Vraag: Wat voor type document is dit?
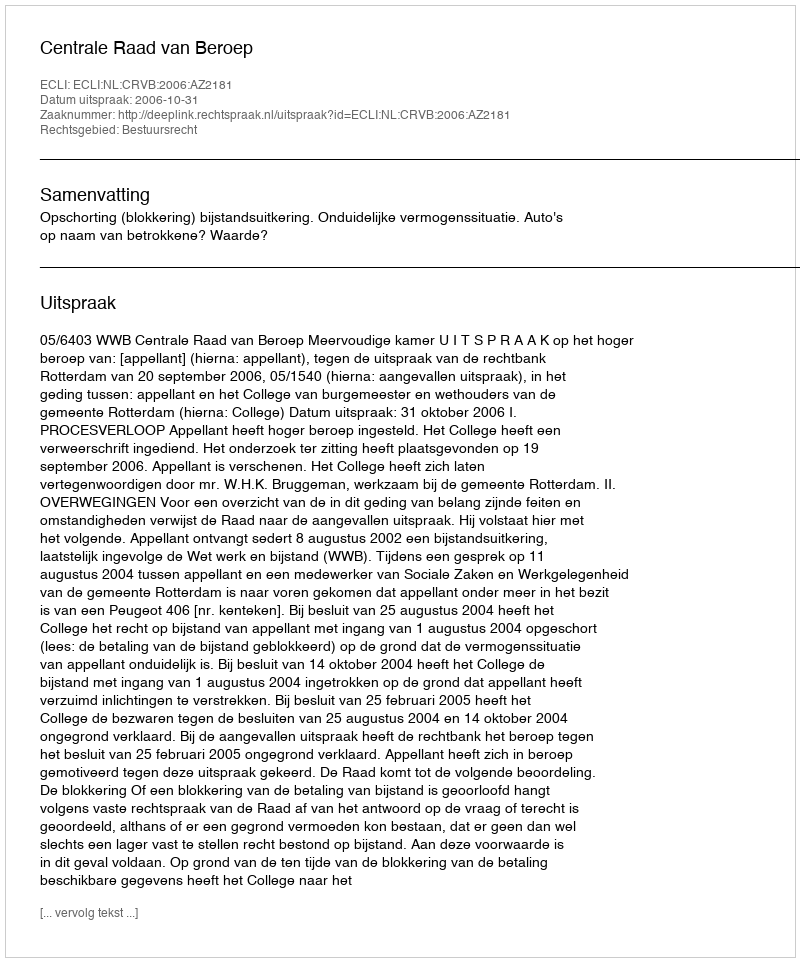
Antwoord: Uitspraak